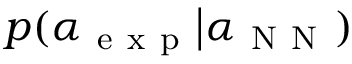
p ( \alpha _ { \mathrm { ~ e ~ x ~ p ~ } } \big | \alpha _ { \mathrm { ~ N ~ N ~ } } )